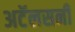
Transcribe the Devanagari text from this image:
अटॅलसनी